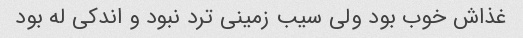
غذاش خوب بود ولی سیب زمینی ترد نبود و اندکی له بود